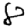
Digit: 8